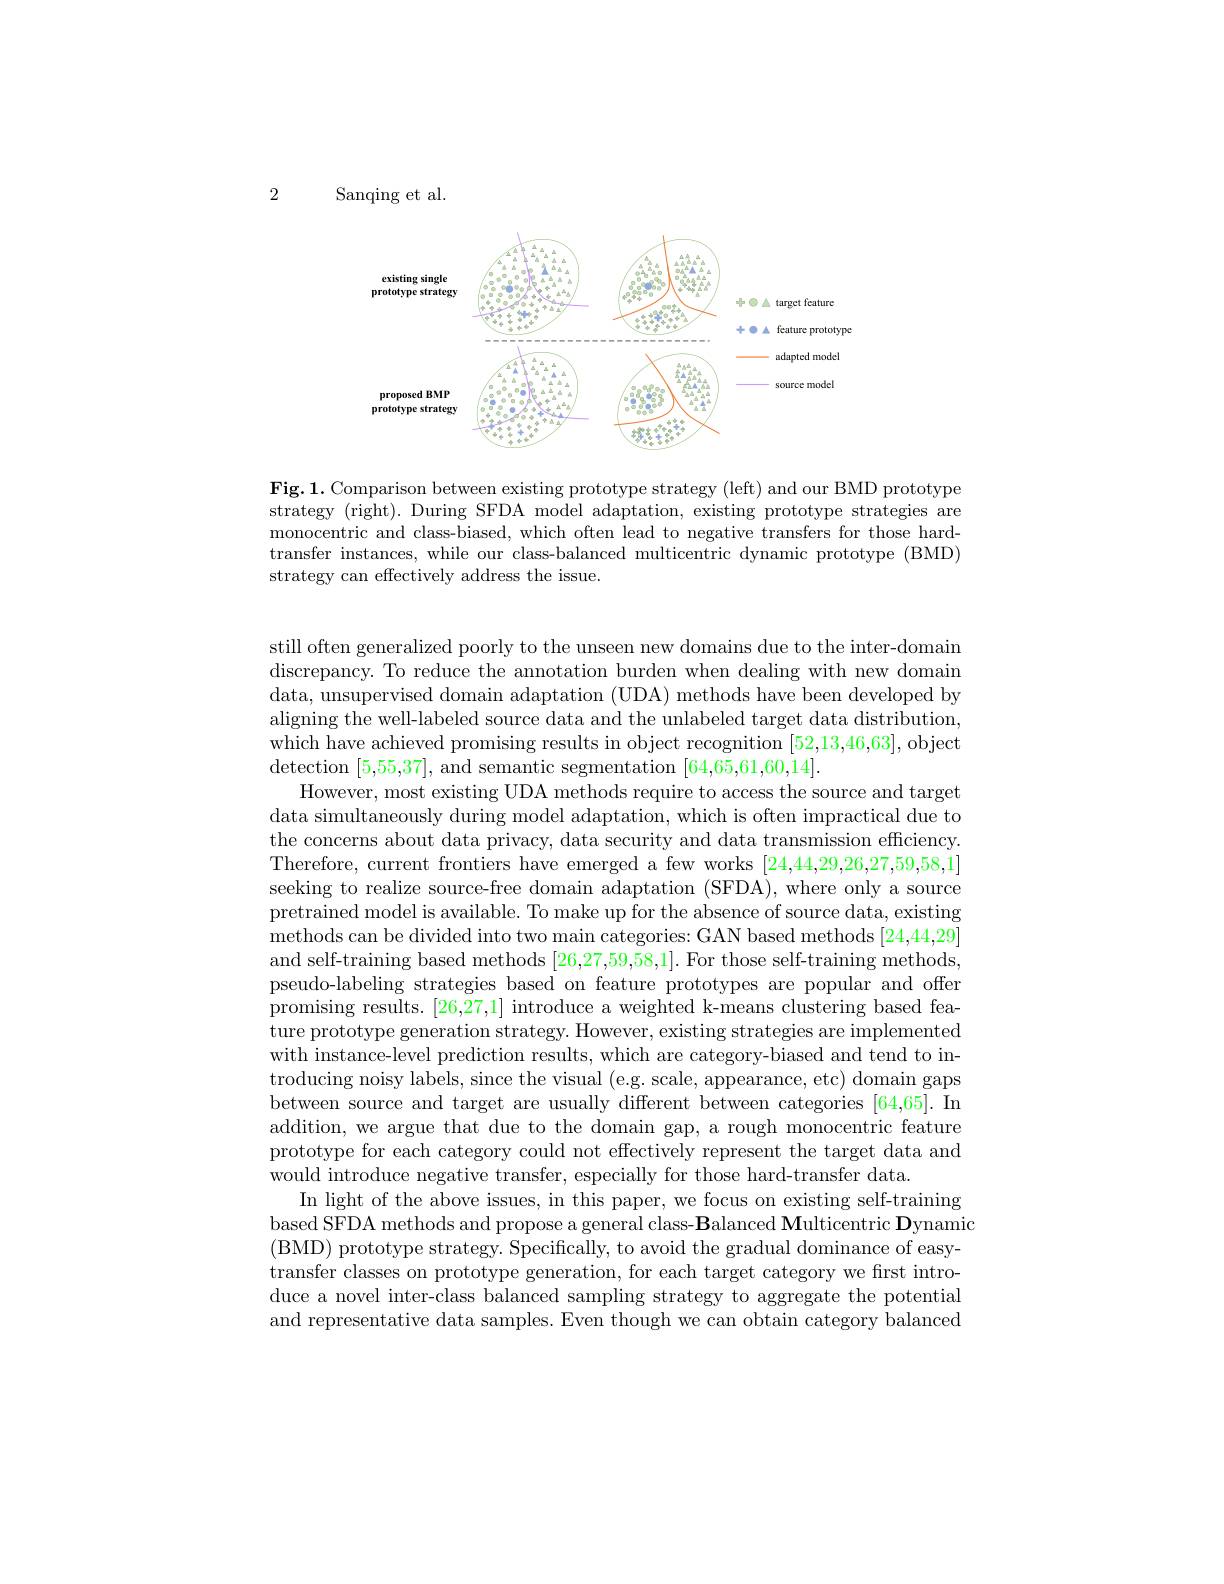
2

Sanqing et al

<FigureHere>

Fig.1. Comparison between existing prototype strategy (left) and our BMD prototype strategy (right). During SFDA model adaptation, existing prototype strategies are monocentric and class-biased, which often lead to negative transfers for those hardtransfer instances, while our class-balanced multicentric dynamic prototype (BMD) strategy can effectively address the issue.

still often generalized poorly to the unseen new domains due to the inter-domain discrepancy. To reduce the annotation burden when dealing with new domain data, unsupervised domain adaptation (UDA) methods have been developed by aligning the well-labeled source data and the unlabeled target data distribution, which have achieved promising results in object recognition [52,13,46,63], object detection [5,55,37], and semantic segmentation [64,65,61,60,14].
However, most existing UDA methods require to access the source and target data simultaneously during model adaptation, which is often impractical due to the concerns about data privacy, data security and data transmission efficiency. Therefore, current frontiers have emerged a few works [24,44,29,26,27,59,58,1] seeking to realize source-free domain adaptation (SFDA), where only a source $\bar{\text{pretrained model is available. To make up for the absence of source data, existing}}$ methods can be divided into two main categories: GAN based methods [24,44,29] and self-training based methods [26,27,59,58,1]. For those self-training methods pseudo-labeling strategies based on feature prototypes are popular and offer promising results. $[26,\bar{27},1]$ introduce a weighted k-means clustering based feature prototype generation strategy. However, existing strategies are implemented with instance-level prediction results, which are category-biased and tend to introducing noisy labels, since the visual (e.g. scale, appearance, etc) domain gaps between source and target are usually different between categories [64,65]. In addition, we argue that due to the domain gap, a rough monocentric feature prototype for each category could not effectively represent the target data and would introduce negative transfer, especially for those hard-transfer data.
In light of the above issues, in this paper, we focus on existing self-training based SFDA methods and propose a general class-$\textbf{Balanced Multicentric Dynamic}$ (BMD) prototype strategy. Specifically, to avoid the gradual dominance of easytransfer classes on prototype generation, for each target category we first introduce a novel inter-class balanced sampling strategy to aggregate the potential and representative data samples. Even though we can obtain category balanced